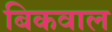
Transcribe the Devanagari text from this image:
बिकवाल